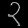
Digit: ၃